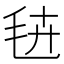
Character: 𭯔